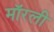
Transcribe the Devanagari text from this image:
मॉरली